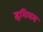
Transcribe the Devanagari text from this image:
इशिमम